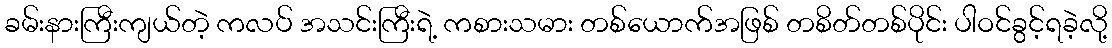
ခမ်းနားကြီးကျယ်တဲ့ ကလပ် အသင်းကြီးရဲ့ ကစားသမား တစ်ယောက်အဖြစ် တစိတ်တစ်ပိုင်း ပါဝင်ခွင့်ရခဲ့လို့